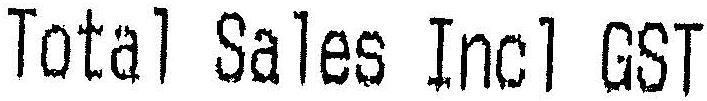
TOTAL SALES INCL GST